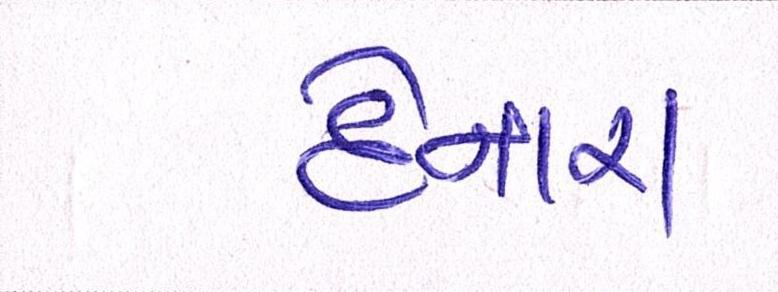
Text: દેનારા